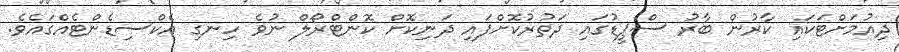
ދިއުމަށްޓަކައި ކާރުން ބާރު ސްޕީޑުގައި ދަތުރުކޮށްފައި ދަނިކޮށް ކޮންޓްރޯލް ނުވެ ހިނގި އެކްސިޑެންޓެއްގައެވެ.